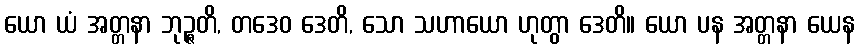
ယော ယံ အတ္တနာ ဘုဉ္ဇတိ, တဒေဝ ဒေတိ, သော သဟာယော ဟုတွာ ဒေတိ။ ယော ပန အတ္တနာ ယေန